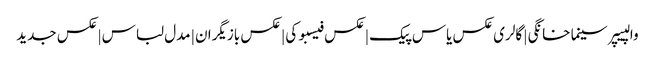
والپیپر سینما خانگی | گالری عکس یاس پیک | عکس فیسبوکی | عکس بازیگران | مدل لباس | عکس جدید